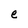
Character: e